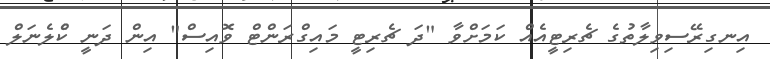
އިނގިރޭސިވިލާތުގެ ޗެރިޓީއެއް ކަމަށްވާ "ދަ ޗެރިޓީ މައިގްރަންޓް ވޮއިސް" އިން ދަނީ ކްެލެނަލް